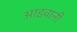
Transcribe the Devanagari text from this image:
आइवानी